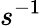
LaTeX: s^{-1}